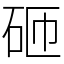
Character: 砸